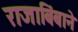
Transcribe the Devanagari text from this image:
राजाबिंबाने